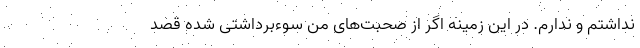
نداشتم و ندارم. در این زمینه اگر از صحبت‌های من سوءبرداشتی شده قصد